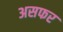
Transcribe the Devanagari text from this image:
असफर